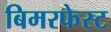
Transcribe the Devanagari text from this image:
बिमरफेस्ट